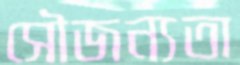
সৌজন্যতা